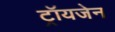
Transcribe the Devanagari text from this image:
ट्रॉयजेन